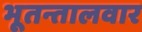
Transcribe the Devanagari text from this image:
भूतन्तालवार